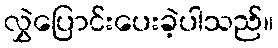
လွှဲပြောင်းပေးခဲ့ပါသည်။